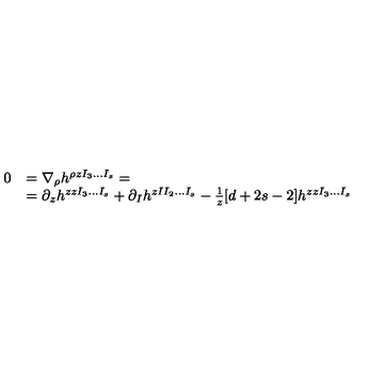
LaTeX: \begin{array} { r l } { 0 } & { = \nabla _ { \rho } h ^ { \rho z I _ { 3 } \ldots I _ { s } } = } \\ { } & { = \partial _ { z } h ^ { z z I _ { 3 } \ldots I _ { s } } + \partial _ { I } h ^ { z I I _ { 2 } \ldots I _ { s } } - { \frac { 1 } { z } } [ d + 2 s - 2 ] h ^ { z z I _ { 3 } \ldots I _ { s } } } \\ \end{array}